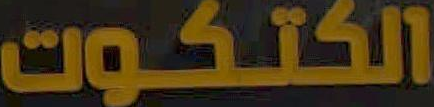
الكتكوت